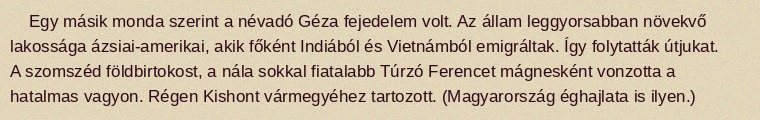
Egy másik monda szerint a névadó Géza fejedelem volt. Az állam leggyorsabban növekvő lakossága ázsiai-amerikai, akik főként Indiából és Vietnámból emigráltak. Így folytatták útjukat. A szomszéd földbirtokost, a nála sokkal fiatalabb Túrzó Ferencet mágnesként vonzotta a hatalmas vagyon. Régen Kishont vármegyéhez tartozott. (Magyarország éghajlata is ilyen.)